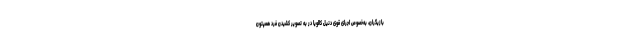
بازیگران، به‌خصوص اجرای قوی دنیل کالویا در به تصویر کشیدن فرد همپتون